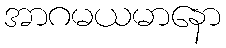
အာဂမယမာနော